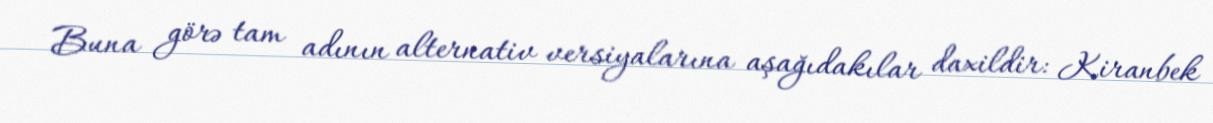
Buna görə tam adının alternativ versiyalarına aşağıdakılar daxildir: Kiranbek